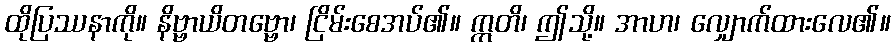
ထိုပြဿနာကို။ နိဗ္ဗာယိတဗ္ဗော၊ ငြိမ်းစေအပ်၏။ ဣတိ၊ ဤသို့။ အာဟ၊ လျှောက်ထားလေ၏။